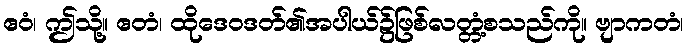
ဧဝံ၊ ဤသို့။ ဧတံ၊ ထိုဒေဝဒတ်၏အပါယ်၌ဖြစ်လတ္တံ့စသည်ကို။ ဗျာကတံ၊